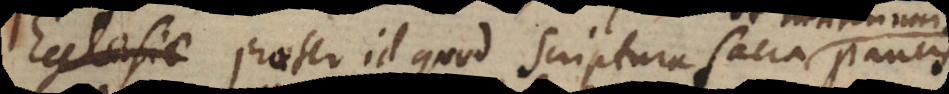
cclesiae praeter id quod scriptura sacra paucis